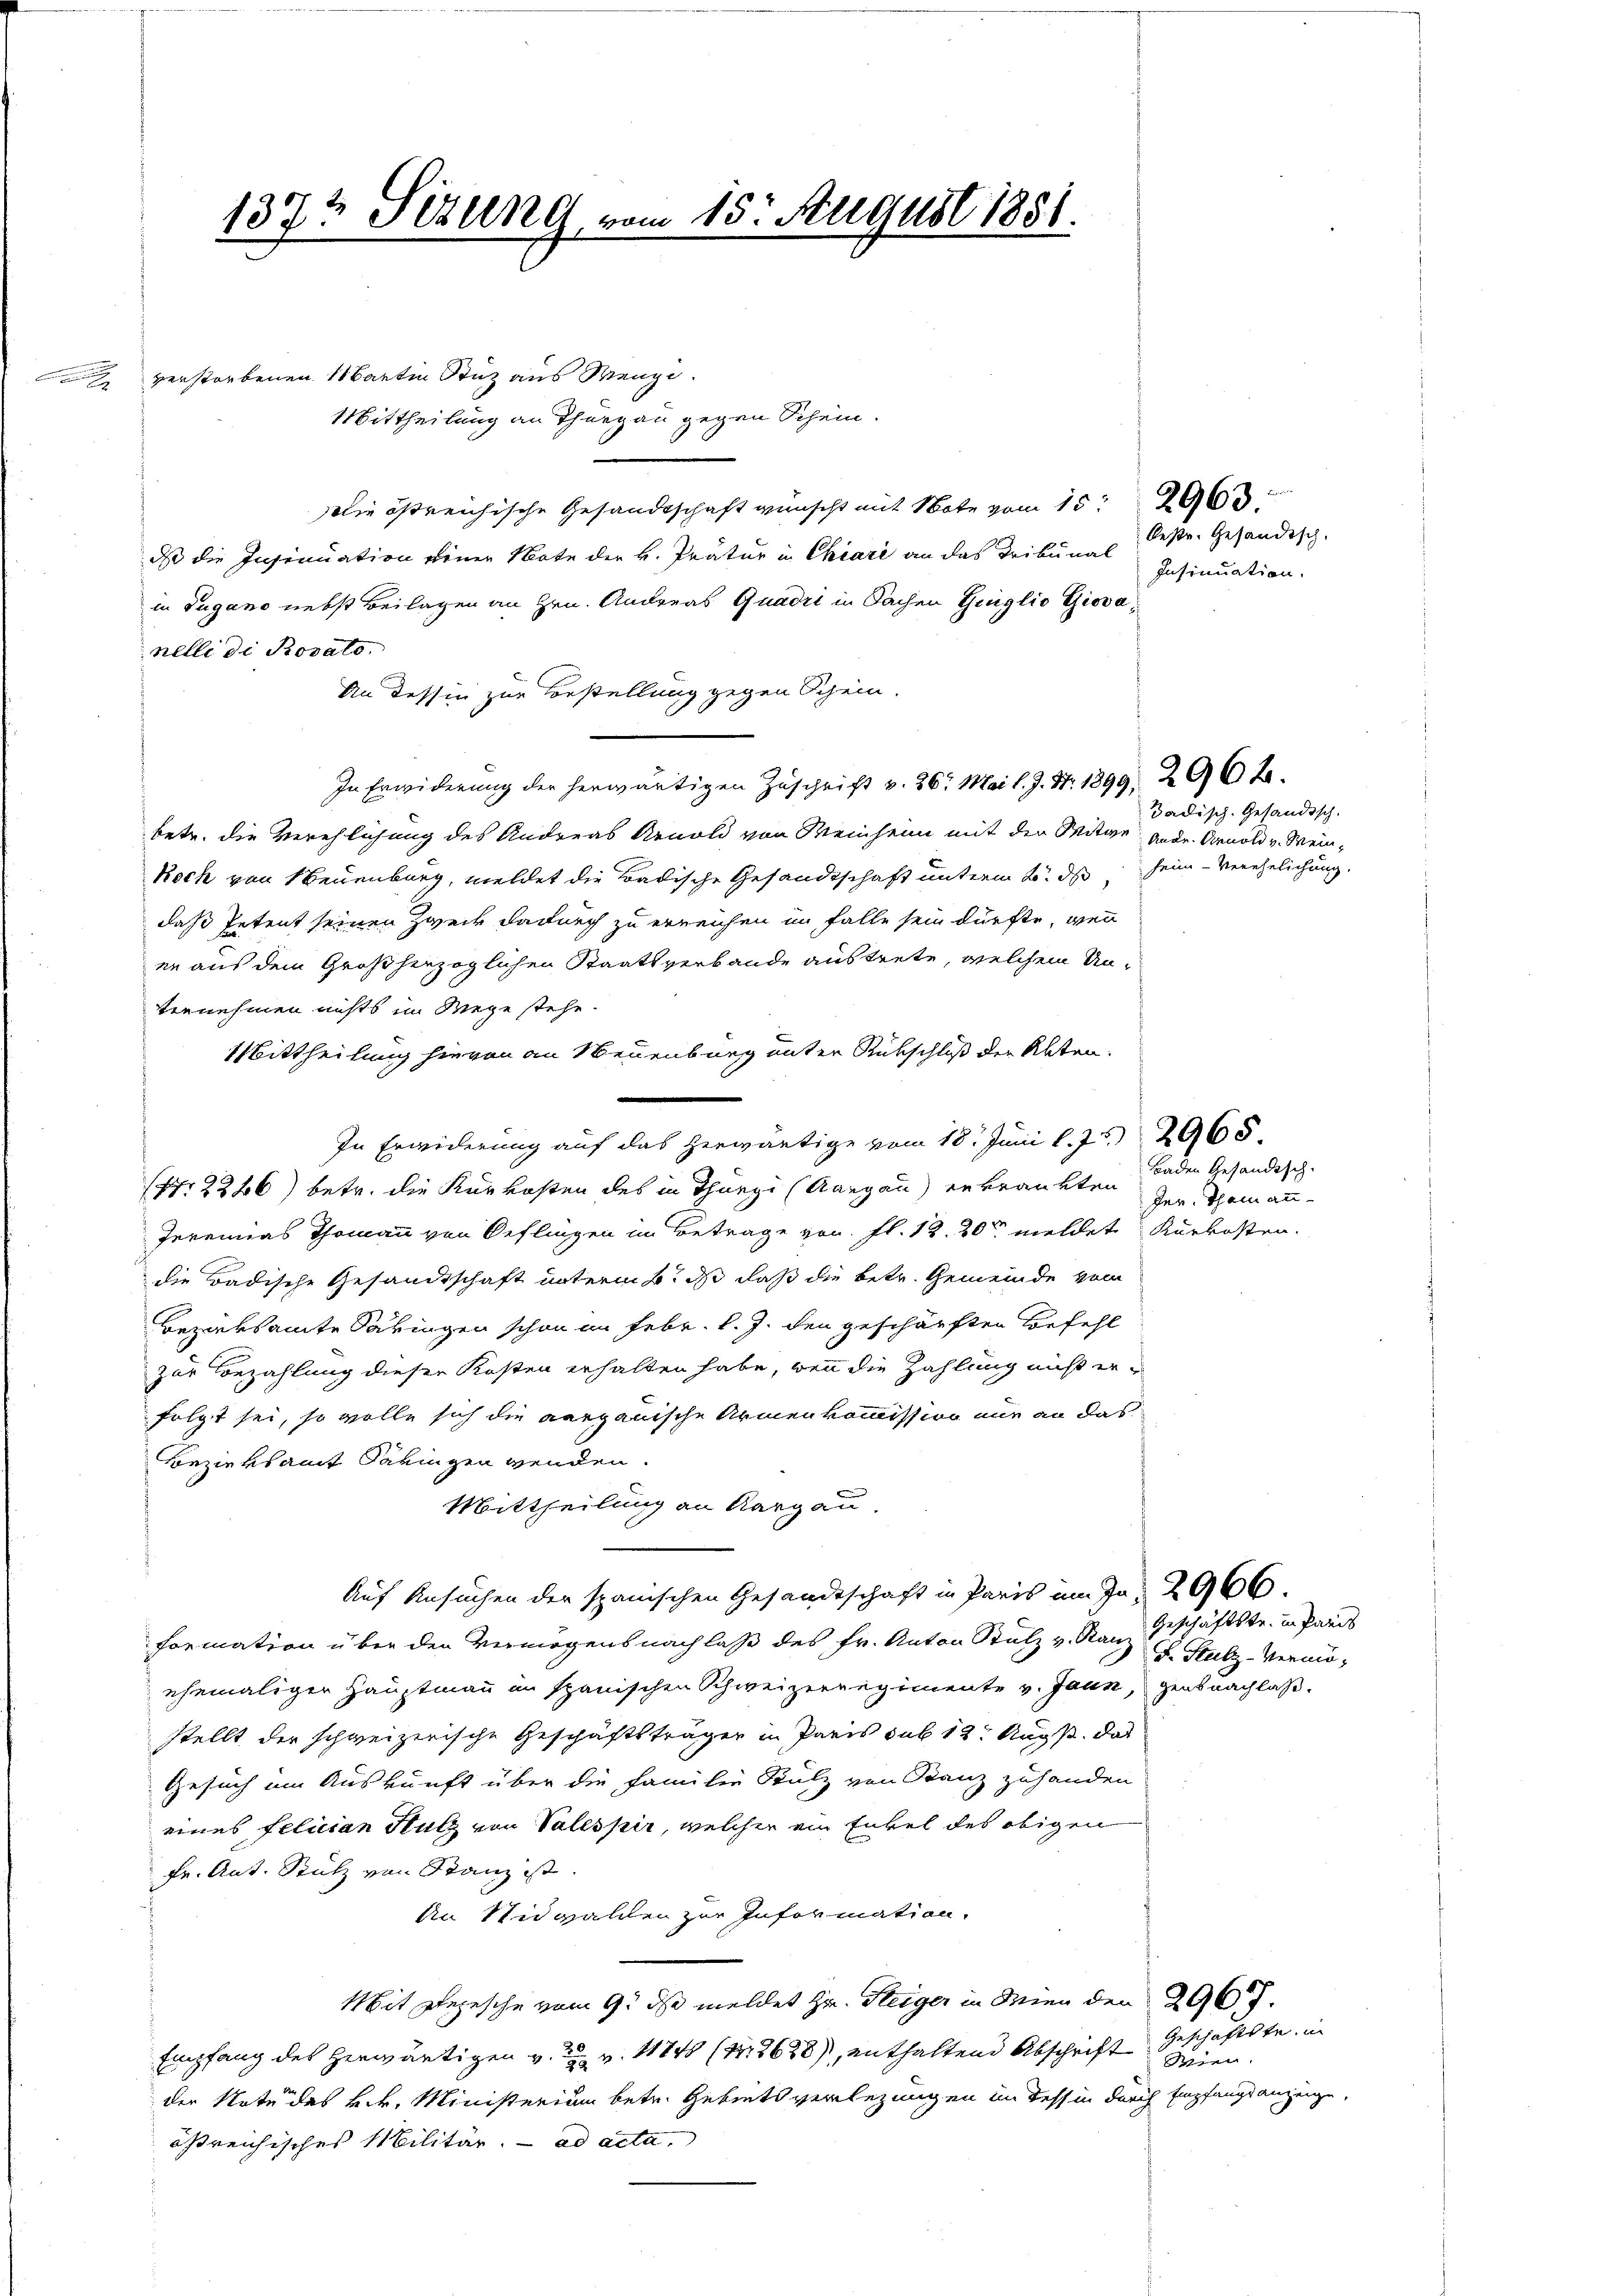
137½ Sizung, vom 15. August 1881.

verstorbenen Martin Stuz aus Menzi
Mittheilung an Thurgau gegen Schein.
Die östreichische Gesandtschaft wünscht mit Note vom 15t
dass die Insinuation einer Note der H. Prätur in Chiare an das Tribunal
in Lugano nebst Beilagen an Hrn. Andreas Quadri in Sachen Ginglio Giovanelli di Rosato.
An dessin zur Bestellung gegen Schein.
In Erwiderung der herwärtigen Zuschrift v. 26. Mai l. J. S. 1899, 296 f.
betr. die Verehlichung des Andreas Arnold von Meinheim mit der Mitge ande. Arnold v. Wein¬
Koch von Neuenburg, meldet die Badische Gesandtschaft unterm 25. ds heim Verehelichung.
daß Petent seinen Zweck dadurch zu erreichen im Falle sein dürfte, wenn
er aus dem Großherzoglichen Staatsverbande austrete, welchem Unvernehmen nichts im Wege stehe.
Mittheilung hievon an Neuenburg unter Rükschluß der Alten.
In Erwiderung auf das herwärtige vom 18. Juni l. J. 2965.
(Nr 2246) betr. die Kurkosten des in Thurgi (Aargau erkrankten
Jeremias Thomann von Oeflingen im Betrage von fl. 12. 20 meldete Kurkosten.
die Badische Gesandtschaft unterm 6. ds daß die betr. Gemeinde vom
Bezirksamte Säkingen schon im Febr. l. J. den geschärften Befehl
zur Bezahlung dieser Kosten erhalten habe, wenn die Zahlung nicht erfolgt sei, so wolle sich die aargauische Armenkommission nur an das
Bezirksamt daringen wenden.
Mittheilung an Aargau,
Auf Ansuchen der spanischen Gesandtschaft in Paris im Ja 2966.
formation über den Vermögensnachlaß des Fr. Anton Stutz v. Ranz. Sulz-Vermöehemaliger Hauptmann in spanischen Schweizerregimente v. Jaun, gensnachlaßstellt der schweizerische Geschäftsträger in Paris sub 12. Augst, das
Gesuch im Auskunft über die Familie Stutz von Banz zuhanden
eines Felician Hutz von Vallspir, welcher ein Enkel des obigen
Fr. Ant. Stutz von Stanz ist
An Nidwalden zur Information.
Mit Depesche vom 9. ds meldet Hr. Steiger in Wien den 2967.
Empfang des Herwärtigen v. v. 174 (8628), enthaltend Abschrift wien
der Note des k.k. Ministerium betr. Gebietsverlegungen im Tessin durch Empfangsanzeige,
ößreichisches Militär. ad acta.

Oestr. Gesändisch.
Insinuation.

Tadisch-Gesändisch.

Baden Gesandtsch.
her. Themann

Geschäftstr. in Paris

Geschäftste, in